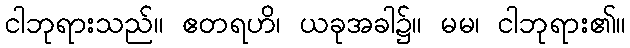
ငါဘုရားသည်။ ဧတရဟိ၊ ယခုအခါ၌။ မမ၊ ငါဘုရား၏။